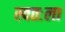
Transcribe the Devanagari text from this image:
स्‍वतःला